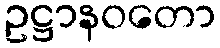
ဥဋ္ဌာနဝတော